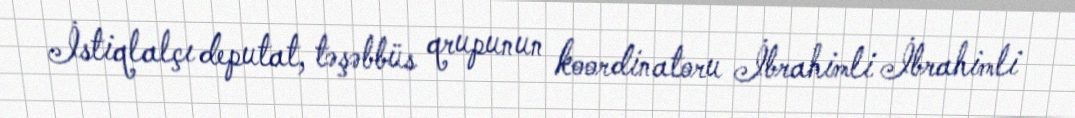
İstiqlalçı deputat, təşəbbüs qrupunun koordinatoru İbrahimli İbrahimli